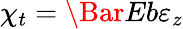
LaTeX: \chi_{t}=\Bar{E}b\varepsilon_{z}